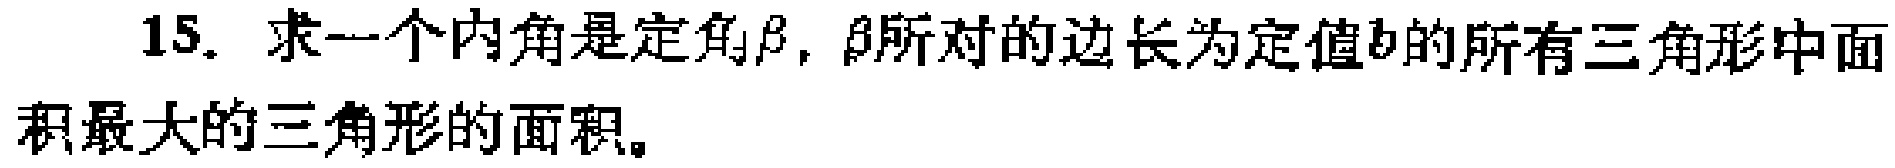
15. 求一个内角是定角\(\beta\)，\(\beta\)所对的边长为定值\(b\)的所有三角形中面积最大的三角形的面积。